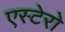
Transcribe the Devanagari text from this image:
एस्टेरो